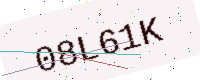
Text: 08L61K